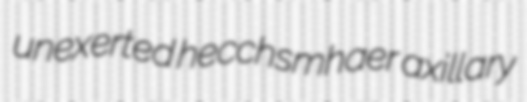
unexerted hecchsmhaer axillary